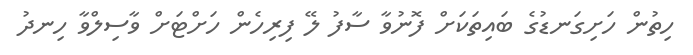
ހިތުން ހަށިގަނޑުގެ ބައިތަކަށް ފޮނުވާ ސާފު ލޭ ފިރިހެން ހަށްޓަށް ވާސިލްވާ ހިނދު